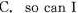
C. so can I